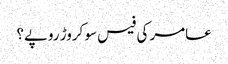
عامر کی فیس سو کروڑ روپے؟